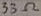
Text: 33Ω